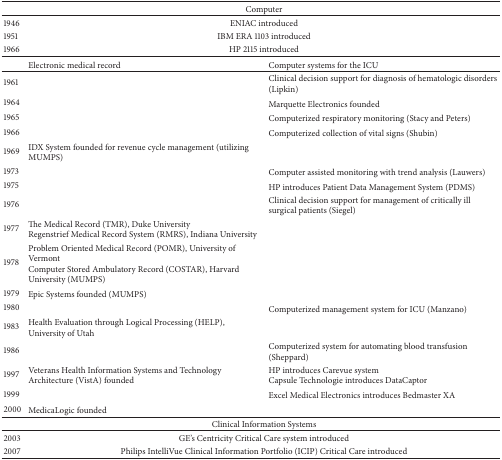
|  | <COLSPAN=2> Computer |
 | --- | --- | --- |
 | 1946 | <COLSPAN=2> ENIAC introduced |
 | 1951 | <COLSPAN=2> IBM ERA 1103 introduced |
 | 1966 | <COLSPAN=2> HP 2115 introduced |
 |  | Electronic medical record | Computer systems for the ICU |
 | 1961 |  | Clinical decision support for diagnosis of hematologic disorders (Lipkin) |
 | 1964 |  | Marquette Electronics founded |
 | 1965 |  | Computerized respiratory monitoring (Stacy and Peters) |
 | 1966 |  | Computerized collection of vital signs (Shubin) |
 | 1969 | IDX System founded for revenue cycle management (utilizing MUMPS) |  |
 | 1973 |  | Computer assisted monitoring with trend analysis (Lauwers) |
 | 1975 |  | HP introduces Patient Data Management System (PDMS) |
 | 1976 |  | Clinical decision support for management of critically ill surgical patients (Siegel) |
 | 1977 | The Medical Record (TMR), Duke UniversityRegenstrief Medical Record System (RMRS), Indiana University |  |
 | 1978 | Problem Oriented Medical Record (POMR), University of VermontComputer Stored Ambulatory Record (COSTAR), Harvard University (MUMPS) |  |
 | 1979 | Epic Systems founded (MUMPS) |  |
 | 1980 |  | Computerized management system for ICU (Manzano) |
 | 1983 | Health Evaluation through Logical Processing (HELP), University of Utah |  |
 | 1986 |  | Computerized system for automating blood transfusion (Sheppard) |
 | 1997 | Veterans Health Information Systems and Technology Architecture (VistA) founded | HP introduces Carevue systemCapsule Technologie introduces DataCaptor |
 | 1999 |  | Excel Medical Electronics introduces Bedmaster XA |
 | 2000 | MedicaLogic founded |  |
 |  | <COLSPAN=2> Clinical Information Systems |
 | 2003 | <COLSPAN=2> GE's Centricity Critical Care system introduced |
 | 2007 | <COLSPAN=2> Philips IntelliVue Clinical Information Portfolio (ICIP) Critical Care introduced |